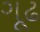
ગૂઢ